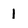
Character: l